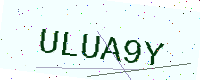
Text: ULUA9Y